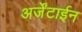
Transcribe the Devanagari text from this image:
अर्जेंटाईन